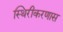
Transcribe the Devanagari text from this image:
स्थिरीकरणास